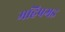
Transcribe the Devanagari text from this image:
महिषगड